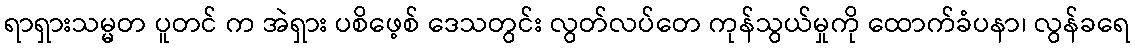
ရာရှားသမ္မတ ပူတင် က အဲရှား ပစိဖေ့စ် ဒေသတွင်း လွတ်လပ်တေ ကုန်သွယ်မှုကို ထောက်ခံပနာ၊ လွန်ခရေ